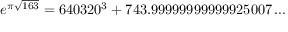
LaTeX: e ^ { \pi { \sqrt { 1 6 3 } } } = 6 4 0 3 2 0 ^ { 3 } + 7 4 3 . 9 9 9 9 9 9 9 9 9 9 9 9 2 5 0 0 7 \dots